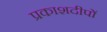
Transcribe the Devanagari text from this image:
प्रकाशदीपों